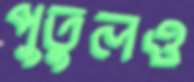
পুতুলও